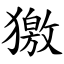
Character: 獥